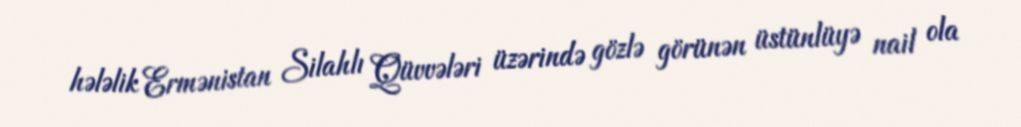
hələlik Ermənistan Silahlı Qüvvələri üzərində gözlə görünən üstünlüyə nail ola